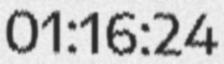
01:16:24